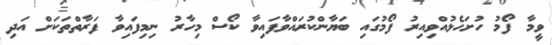
ވީމާ ފޯމު ހުށަހެޅުއްވިއިރު ފޯމުގައި ބަޔާންކުރައްވާފައިވާ ކޯސް މިހާރު ނިމިފައިވާ ފަރާތްތަކަށް އަދި